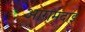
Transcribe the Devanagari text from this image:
आरामदाइ